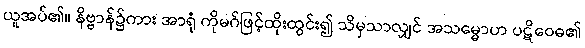
ယူအပ်၏။ နိဗ္ဗာန်၌ကား အာရုံ ကိုမဂ်ဖြင့်ထိုးထွင်း၍ သိမှသာလျှင် အသမ္မောဟ ပဋိဝေဓ၏